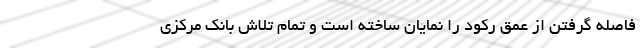
فاصله گرفتن از عمق رکود را نمایان ساخته است و تمام تلاش بانک مرکزی